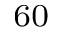
^ { 6 0 }